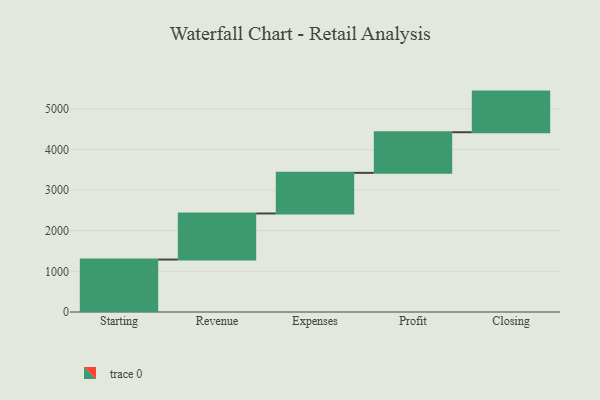
{"axis": {"x": "Step", "y": "Value"}, "legend": [""], "data": [{"x": "Starting", "y": 1291.0, "type": ""}, {"x": "Revenue", "y": 1134.0, "type": ""}, {"x": "Expenses", "y": 1000, "type": ""}, {"x": "Profit", "y": 1000, "type": ""}, {"x": "Closing", "y": 1000, "type": ""}]}